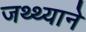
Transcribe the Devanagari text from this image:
जथ्थ्याने